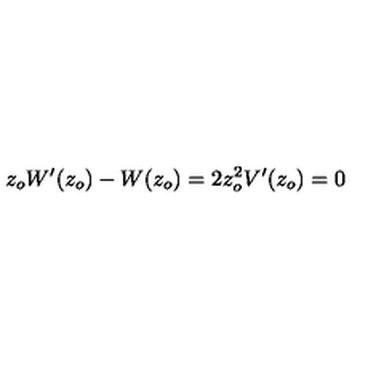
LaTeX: z _ { o } W ^ { \prime } ( z _ { o } ) - W ( z _ { o } ) = 2 z _ { o } ^ { 2 } V ^ { \prime } ( z _ { o } ) = 0